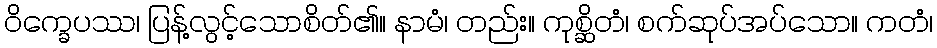
ဝိက္ခေပဿ၊ ပြန့်လွင့်သောစိတ်၏။ နာမံ၊ တည်း။ ကုစ္ဆိတံ၊ စက်ဆုပ်အပ်သော။ ကတံ၊